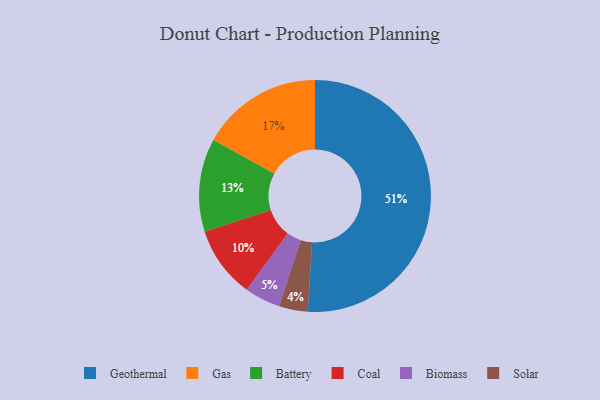
{"axis": {"x": "Category", "y": "Percentage"}, "legend": ["Battery", "Biomass", "Coal", "Gas", "Geothermal", "Solar"], "data": [{"x": "Biomass", "y": 5, "type": "Biomass"}, {"x": "Gas", "y": 17, "type": "Gas"}, {"x": "Solar", "y": 4, "type": "Solar"}, {"x": "Coal", "y": 10, "type": "Coal"}, {"x": "Battery", "y": 13, "type": "Battery"}, {"x": "Geothermal", "y": 51, "type": "Geothermal"}]}